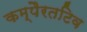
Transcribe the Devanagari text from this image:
कम्पैरतटिव